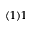
( 1 ) 1